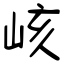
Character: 峐